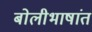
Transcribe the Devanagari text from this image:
बोलीभाषांत